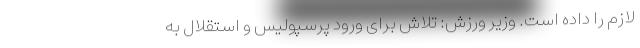
لازم را داده است. وزیر ورزش: تلاش برای ورود پرسپولیس و استقلال به